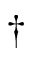
\dagger